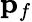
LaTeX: \mathbf{p}_{f}